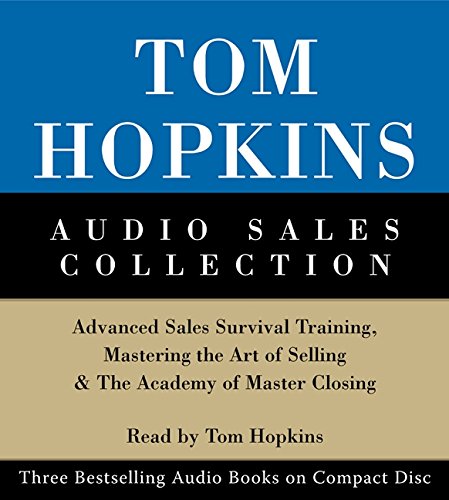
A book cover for Tom Hopkins Audio Sales Collection; Tom Hopkins; Business & Money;